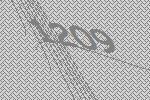
1209